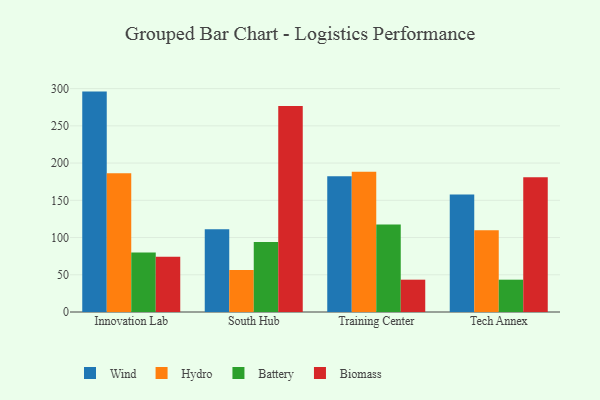
{"axis": {"x": "Campus", "y": "Net Income (USD K)"}, "legend": ["Battery", "Biomass", "Hydro", "Wind"], "data": [{"x": "Innovation Lab", "y": 296.0, "type": "Wind"}, {"x": "Innovation Lab", "y": 186.5, "type": "Hydro"}, {"x": "Innovation Lab", "y": 79.8, "type": "Battery"}, {"x": "Innovation Lab", "y": 74.3, "type": "Biomass"}, {"x": "South Hub", "y": 111.2, "type": "Wind"}, {"x": "South Hub", "y": 56.5, "type": "Hydro"}, {"x": "South Hub", "y": 94.1, "type": "Battery"}, {"x": "South Hub", "y": 276.7, "type": "Biomass"}, {"x": "Training Center", "y": 182.3, "type": "Wind"}, {"x": "Training Center", "y": 188.3, "type": "Hydro"}, {"x": "Training Center", "y": 117.5, "type": "Battery"}, {"x": "Training Center", "y": 43.4, "type": "Biomass"}, {"x": "Tech Annex", "y": 157.7, "type": "Wind"}, {"x": "Tech Annex", "y": 109.8, "type": "Hydro"}, {"x": "Tech Annex", "y": 43.4, "type": "Battery"}, {"x": "Tech Annex", "y": 180.9, "type": "Biomass"}]}